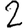
Digit: 2